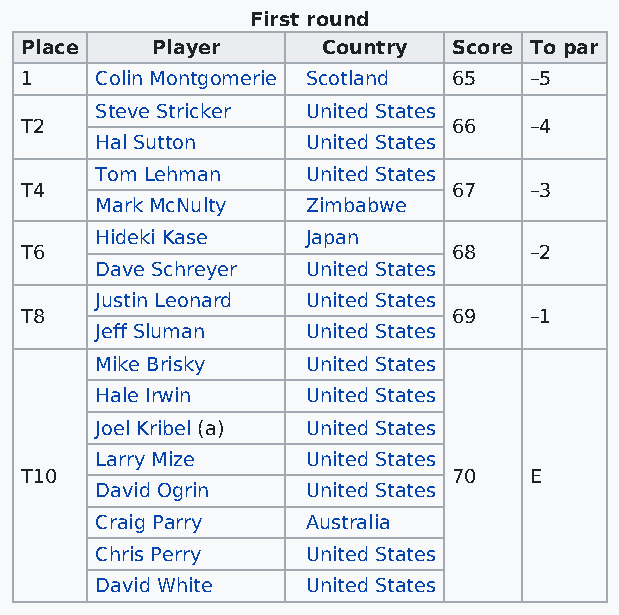
First round
 Place    Player     Country  Score To par
 1    Colin Montgomerie Scotland 65 –5
 Steve Stricker United States
 T2                           66   –4
 Hal Sutton    United States
 Tom Lehman    United States
 T4                           67   –3
 Mark McNulty  Zimbabwe
 Hideki Kase   Japan
 T6                           68   –2
 Dave Schreyer United States
 Justin Leonard United States
 T8                           69   –1
 Jeff Sluman   United States
 Mike Brisky   United States
 Hale Irwin    United States
 Joel Kribel (a) United States
 Larry Mize    United States
 T10                          70   E
 David Ogrin   United States
 Craig Parry   Australia
 Chris Perry   United States
 David White   United States